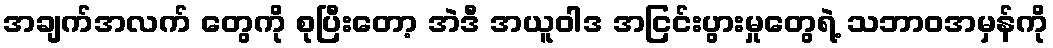
အချက်အလက် တွေကို စုပြီးတော့ အဲဒီ အယူဝါဒ အငြင်းပွားမှုတွေရဲ့ သဘာဝအမှန်ကို